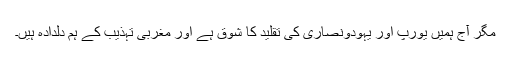
مگر آج ہمیں یورپ اور یہودونصاریٰ کی تقلید کا شوق ہے اور مغربی تہذیب کے ہم دلدادہ ہیں۔